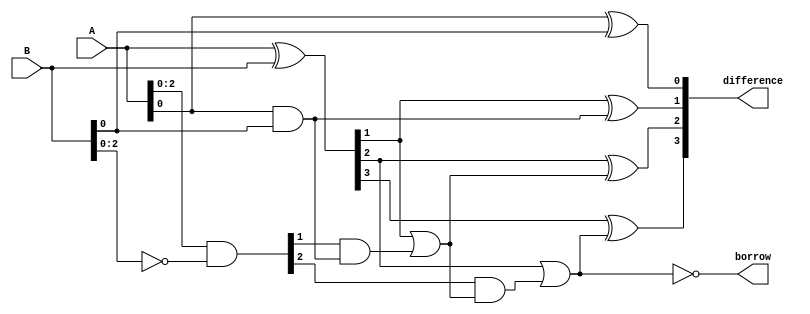
module carry_lookahead_subtractor(
    input [3:0] A,
    input [3:0] B,
    output [3:0] difference,
    output borrow
);

wire [3:0] G, P;
wire C0, C1, C2;

// Generate and propagate signals
assign G = A ^ B;
assign P = A & ~B;

// Carry lookahead logic
assign C0 = A[0] & B[0];
assign C1 = G[1] | (P[1] & C0);
assign C2 = G[2] | (P[2] & C1);

// Difference calculation
assign difference[0] = A[0] ^ B[0];
assign difference[1] = G[1] ^ C0;
assign difference[2] = G[2] ^ C1;
assign difference[3] = G[3] ^ C2;

// Borrow output
assign borrow = ~C2;

endmodule